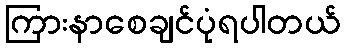
ကြားနာစေချင်ပုံရပါတယ်